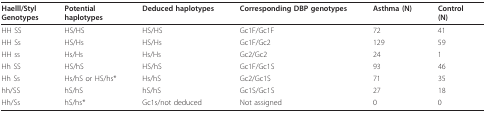
<table><thead><tr><td><b>Haelll/StylGenotypes</b></td><td><b>Potentialhaplotypes</b></td><td><b>Deduced haplotypes</b></td><td><b>Corresponding DBP genotypes</b></td><td><b>Asthma (N)</b></td><td><b>Control(N)</b></td></tr></thead><tbody><tr><td>HH SS</td><td>HS/HS</td><td>HS/HS</td><td>Gc1F/Gc1F</td><td>72</td><td>41</td></tr><tr><td>HH Ss</td><td>HS/Hs</td><td>HS/Hs</td><td>Gc1F/Gc2</td><td>129</td><td>59</td></tr><tr><td>HH ss</td><td>Hs/Hs</td><td>Hs/Hs</td><td>Gc2/Gc2</td><td>24</td><td>1</td></tr><tr><td>Hh SS</td><td>HS/hS</td><td>HS/hS</td><td>Gc1F/Gc1S</td><td>93</td><td>46</td></tr><tr><td>Hh Ss</td><td>Hs/hS or HS/hs*</td><td>Hs/hS</td><td>Gc2/Gc1S</td><td>71</td><td>35</td></tr><tr><td>hh/SS</td><td>hS/hS</td><td>hS/hS</td><td>Gc1S/Gc1S</td><td>27</td><td>18</td></tr><tr><td>Hh/Ss</td><td>hS/hs*</td><td>Gc1s/not deduced</td><td>Not assigned</td><td>0</td><td>0</td></tr></tbody></table>